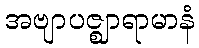
အဗျာပဇ္ဈာရာမာနံ